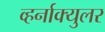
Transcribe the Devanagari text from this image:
व्हर्नाक्‍युलर